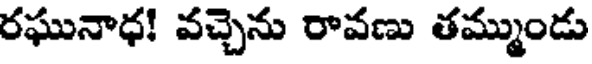
రఘునాధ! వచ్చెను రావణు తమ్ముండు